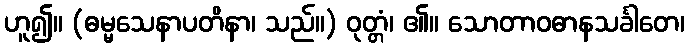
ဟူ၍။ (ဓမ္မသေနာပတိနာ၊ သည်။) ဝုတ္တံ၊ ၏။ သောတာဝဓာနသင်္ခါတေ၊